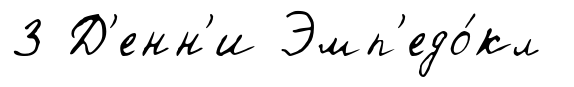
3 Д'енн'и Эмп'едо́кл